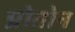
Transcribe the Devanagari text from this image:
प्रोतोन